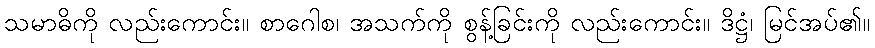
သမာဓိကို လည်းကောင်း။ စာဂေါစ၊ အသက်ကို စွန့်ခြင်းကို လည်းကောင်း။ ဒိဋ္ဌံ၊ မြင်အပ်၏။